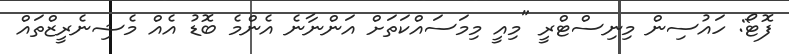
ފޮޓޯ: ހައުސިން މިނިސްޓްރީ "މިއީ މިމަސައްކަތަށް އަންނާނެ އެންމެ ބޮޑު އެއް މެޝިނެރީޒްތައް